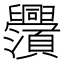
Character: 𬜃